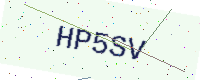
Text: HP5SV